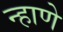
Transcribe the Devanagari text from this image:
न्हाणे